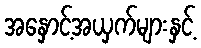
အနှောင့်အယှက်များနှင့်